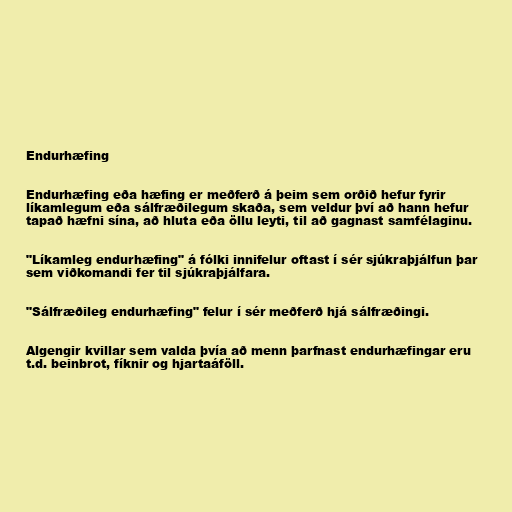
Endurhæfing

Endurhæfing eða hæfing er meðferð á þeim sem orðið hefur fyrir
líkamlegum eða sálfræðilegum skaða, sem veldur því að hann hefur
tapað hæfni sína, að hluta eða öllu leyti, til að gagnast samfélaginu.

"Líkamleg endurhæfing" á fólki innifelur oftast í sér sjúkraþjálfun þar
sem viðkomandi fer til sjúkraþjálfara.

"Sálfræðileg endurhæfing" felur í sér meðferð hjá sálfræðingi.

Algengir kvillar sem valda þvía að menn þarfnast endurhæfingar eru
t.d. beinbrot, fíknir og hjartaáföll.